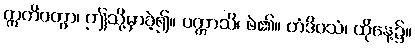
ဣတိဝတွာ၊ ဤသို့မှာခဲ့၍။ ပက္ကာသိ၊ ဖဲ၏။ တံဒိဝသံ၊ ထိုနေ့၌။